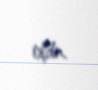
oldu.